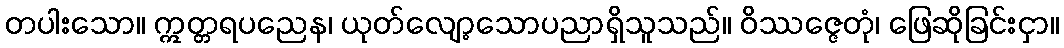
တပါးသော။ ဣတ္တရပညေန၊ ယုတ်လျော့သောပညာရှိသူသည်။ ဝိဿဇ္ဇေတုံ၊ ဖြေဆိုခြင်းငှာ။